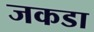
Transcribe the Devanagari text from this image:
जकडा